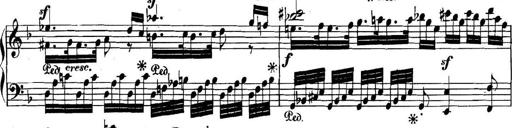
Title: Collected Piano Sonatas
Composer: Muzio Clementi